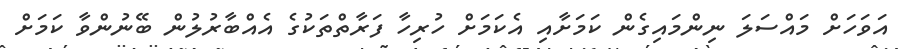
އަވަހަށް މައްސަލަ ނިންމައިގެން ކަމަށާއި އެކަމަށް ހުރިހާ ފަރާތްތަކުގެ އެއްބާރުލުން ބޭނުންވާ ކަމަށް